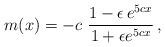
LaTeX: \begin{align*}m(x)=- c~\frac{1-\epsilon\,e^{ 5 c x }}{1+\epsilon e^{ 5 c x}}\,,\end{align*}